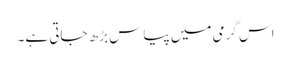
اس گرمی میں پیاس بڑھ جاتی ہے۔